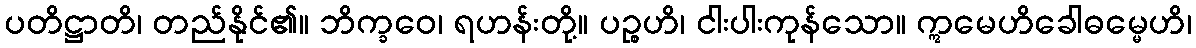
ပတိဋ္ဌာတိ၊ တည်နိုင်၏။ ဘိက္ခဝေ၊ ရဟန်းတို့။ ပဉ္စဟိ၊ ငါးပါးကုန်သော။ ဣမေဟိခေါဓမ္မေဟိ၊